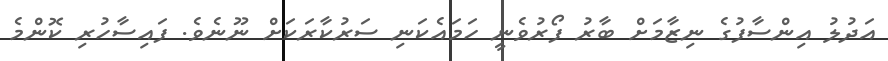
އަދުލު އިންސާފުގެ ނިޒާމަށް ބާރު ފޯރުވެނީ ހަމައެކަނި ސަރުކާރަކަށް ނޫނެވެ. ފައިސާހުރި ކޮންމެ